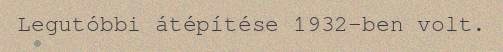
Legutóbbi átépítése 1932-ben volt.